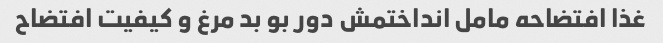
غذا افتضاحه مامل انداختمش دور بو بد مرغ و کیفیت افتضاح